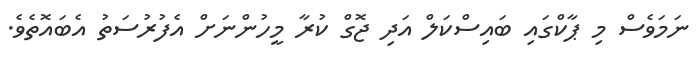
ނަމަވެސް މި ޕާކްގައި ބައިސްކަލް އަދި ޖޮގް ކުރާ މީހުންނަށް އެފުރުސަތު އެބައޮތެވެ.